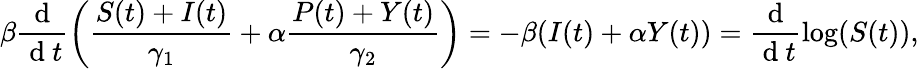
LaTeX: \beta\frac{\mathrm{~d~}}{\mathrm{~d~}t}\left(\frac{S(t)+I(t)}{\gamma_{1}}+\alpha\frac{P(t)+Y(t)}{\gamma_{2}}\right)=-\beta(I(t)+\alpha Y(t))=\frac{\mathrm{~d~}}{\mathrm{~d~}t}\log(S(t)),